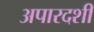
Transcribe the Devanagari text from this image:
अपारदशी